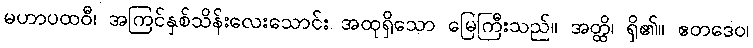
မဟာပထဝီ၊ အကြင်နှစ်သိန်းလေးသောင်း အထုရှိသော မြေကြီးသည်။ အတ္ထိ၊ ရှိ၏။ ဧတဒေဝ၊